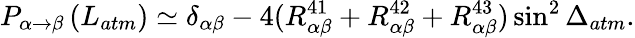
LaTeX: P_{\alpha\rightarrow\beta}\left(L_{atm}\right)\simeq\delta_{\alpha\beta}-4(R_{\alpha\beta}^{41}+R_{\alpha\beta}^{42}+R_{\alpha\beta}^{43})\sin^{2}\Delta_{atm}.